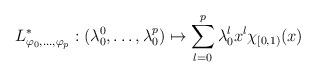
LaTeX: \begin{align*}L^{*}_{\varphi_{0} , \ldots , \varphi_{p}} : ( \lambda^{0}_{0} , \ldots , \lambda^{p}_{0} ) \mapsto \sum_{l = 0}^{p} \lambda^{l}_{0} x^{l} \chi_{[0,1)}(x) \end{align*}